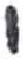
אות: י